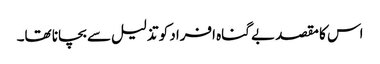
اس کا مقصد بے گناہ افراد کو تذلیل سے بچانا تھا۔